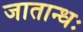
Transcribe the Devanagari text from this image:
जातान्धः